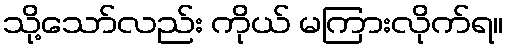
သို့သော်လည်း ကိုယ် မကြားလိုက်ရ။